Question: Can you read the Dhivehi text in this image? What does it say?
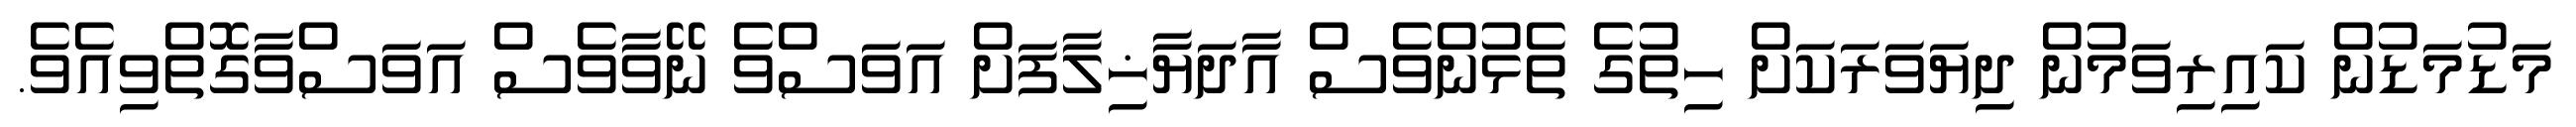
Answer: މަޑުމަޑުން ކައިރިވަމުން ދިޔަވަރަކަށް ހިތުގެ ތެޅުންވެސް އާދަޔާޚިލާފަށް އަވަސްވެ ނޭވާވެސް އަވަސްވާގޮތްވިއެވެ.